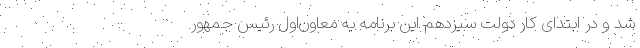
شد و در ابتدای کار دولت‌ سیزدهم این برنامه به معاون‌اول رئیس‌ جمهور